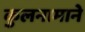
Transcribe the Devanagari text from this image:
कुलनामाने